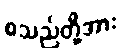
စသည်တို့အား